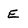
Character: E